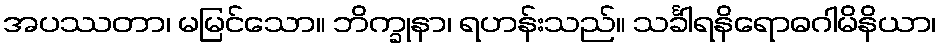
အပဿတာ၊ မမြင်သော။ ဘိက္ခုနာ၊ ရဟန်းသည်။ သင်္ခါရနိရောဓဂါမိနိယာ၊